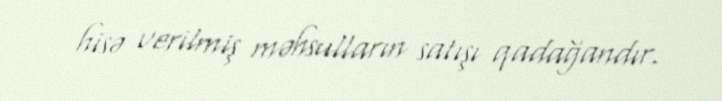
hisə verilmiş məhsulların satışı qadağandır.